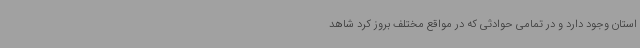
استان وجود دارد و در تمامی حوادثی که در مواقع مختلف بروز کرد شاهد